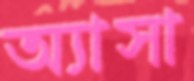
অ্যাসা